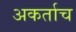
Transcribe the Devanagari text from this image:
अकर्ताच